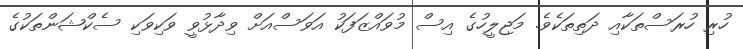
ހުރި ހުރަސްތަކާއި ދަތިތަކެވެ. މަޖިލީހުގެ އިސް މުވައްޒަފަކު އަވަސްއަށް ވިދާޅުވީ ވަކިވަކި ސެކްޝަންތަކުގެ